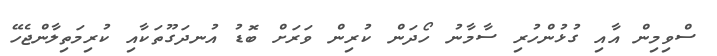
ސްވިމިން އާއި ގުޅުންހުރި ސާމާނު ހޯދަން ކުރިން ވަރަށް ބޮޑު އުނދަގޫތަކާއި ކުރިމަތިލާންޖެހޭ